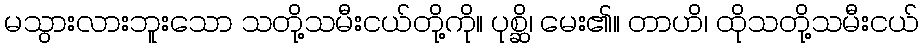
မသွားလားဘူးသော သတို့သမီးငယ်တို့ကို။ ပုစ္ဆိ၊ မေး၏။ တာဟိ၊ ထိုသတို့သမီးငယ်